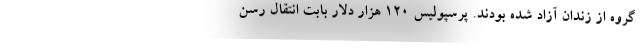
گروه از زندان آزاد شده بودند. پرسپولیس ۱۲۰ هزار دلار بابت انتقال رسن